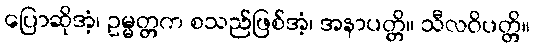
ပြောဆိုအံ့၊ ဥမ္မတ္တက စသည်ဖြစ်အံ့၊ အနာပတ္တိ။ သီလဝိပတ္တိ။